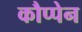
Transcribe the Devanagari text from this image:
कौप्पेन